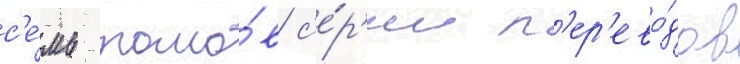
с'е́мь томо́в с'е́р'ии п'ер'ево́дов